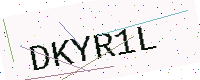
Text: DKYR1L